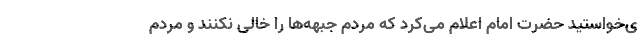
ی‌خواستید حضرت امام اعلام می‌کرد که مردم جبهه‌ها را خالی نکنند و مردم